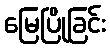
မြေပြိုခြင်း